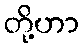
တို့ဟာ